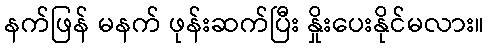
နက်ဖြန် မနက် ဖုန်းဆက်ပြီး နှိုးပေးနိုင်မလား။